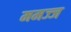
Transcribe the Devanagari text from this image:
ममज्ज